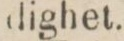
dighet.